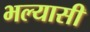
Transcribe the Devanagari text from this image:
भल्यासी